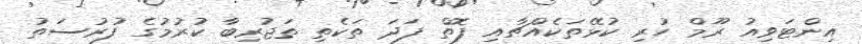
އިންޓަވިއު ރޫމް ހުރި ކުޅޭތަކެއްޗާއި ފޮތް ފަދަ ތަކެތި ތަޖުރިބާ ކުރުމުގެ ފުރުސަތު